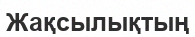
Жақсылықтың